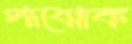
পাঝোক